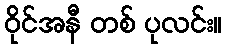
ဝိုင်အနီ တစ် ပုလင်း။